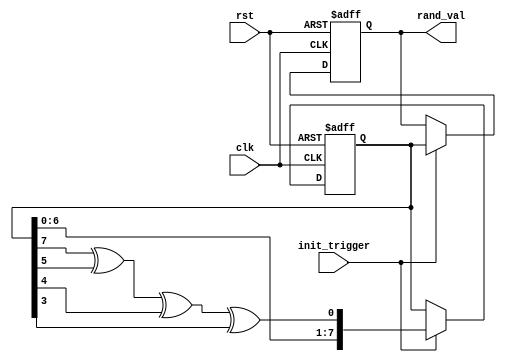
module random_init #(
    parameter WIDTH = 8,           // Parameterized output width
    parameter SEED = 8'h1A        // Default seed value for LFSR
)(
    input wire clk,                // Clock signal
    input wire rst,                // Reset signal
    input wire init_trigger,       // Control signal to start initialization
    output reg [WIDTH-1:0] rand_val // Output random value
);

    // Internal state for LFSR
    reg [WIDTH-1:0] lfsr;

    // LFSR feedback polynomial (Example: x^8 + x^6 + x^5 + x^4 + 1)
    wire lfsr_feedback = lfsr[7] ^ lfsr[5] ^ lfsr[4] ^ lfsr[3]; 

    // Always block for generating random values
    always @(posedge clk or posedge rst) begin
        if (rst) begin
            // Reset the LFSR to a known state
            lfsr <= SEED;
            rand_val <= 0;
        end else if (init_trigger) begin
            // Shift the LFSR and generate the next random value
            lfsr <= {lfsr[WIDTH-2:0], lfsr_feedback};
            rand_val <= lfsr; // Output the current LFSR state as random value
        end
    end

endmodule